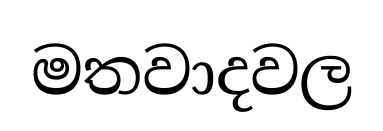
මතවාදවල